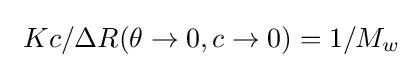
\ Kc/\Delta R(\theta \rightarrow 0,c\rightarrow 0)=1/M_{w}